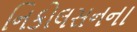
નિકોલસનના